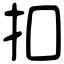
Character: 扣